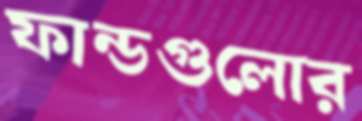
ফান্ডগুলোর